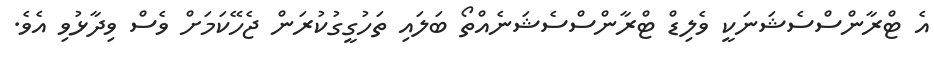
އެ ޓްރާންސްސެޝަނަކީ ވެލިޑް ޓްރާންސްސެޝަނެއްތޯ ބަލައި ތަހުގީގުކުރަން ޖެހޭކަމަށް ވެސް ވިދާޅުވި އެވެ.